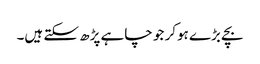
بچے بڑے ہوکر جو چاہے پڑھ سکتے ہیں۔